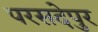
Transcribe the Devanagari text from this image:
परसदेपुर